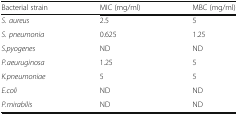
<table><thead><tr><td><b>Bacterial strain</b></td><td><b>MIC (mg/ml)</b></td><td><b>MBC (mg/ml)</b></td></tr></thead><tbody><tr><td><i>S. aureus</i></td><td>2.5</td><td>5</td></tr><tr><td><i>S. pneumonia</i></td><td>0.625</td><td>1.25</td></tr><tr><td><i>S.pyogenes</i></td><td>ND</td><td>ND</td></tr><tr><td><i>P.aeuruginosa</i></td><td>1.25</td><td>5</td></tr><tr><td><i>K.pneumoniae</i></td><td>5</td><td>5</td></tr><tr><td><i>E.coli</i></td><td>ND</td><td>ND</td></tr><tr><td><i>P.mirabilis</i></td><td>ND</td><td>ND</td></tr></tbody></table>